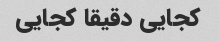
کجایی دقیقا کجایی